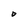
Character: O